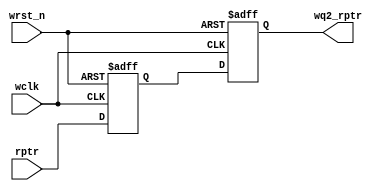
module sync_r2w #(parameter ADDRSIZE = 8) 
(	output reg 	[ADDRSIZE:0] wq2_rptr,
  	input 	 	[ADDRSIZE:0] rptr,
  	input		 			wclk, wrst_n
);
 
	reg [ADDRSIZE:0] wq1_rptr;
  
  	always @(posedge wclk or negedge wrst_n) begin
		if(!wrst_n)begin
			{wq2_rptr, wq1_rptr} <= 0;
		end else begin
			{wq2_rptr, wq1_rptr} <= {wq1_rptr, rptr};
		end
  	end
endmodule